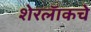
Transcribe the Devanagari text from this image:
शेरलॅाकचे